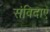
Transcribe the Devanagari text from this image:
संविदाएँ